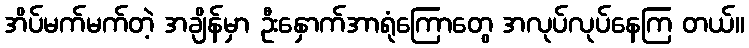
အိပ်မက်မက်တဲ့ အချိန်မှာ ဦးနှောက်အာရုံကြောတွေ အလုပ်လုပ်နေကြ တယ်။